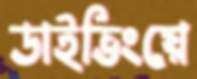
ডাইভিংয়ে